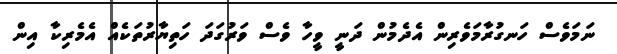
ނަމަވެސް ހަނގުރާމަވެރިން އެދެމުން ދަނީ ވީހާ ވެސް ވަރުގަދަ ހަތިޔާރުތަކެއް އެމެރިކާ އިން